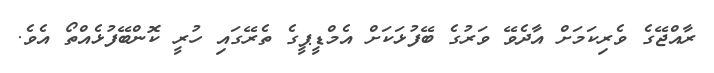
ރާއްޖޭގެ ވެރިކަމަށް އާދެވޭ ވަރުގެ ބޭފުޅަކަށް އެމްޑީޕީގެ ތެރޭގައި ހުރީ ކޮންބޭފުޅެއްތޯ އެވެ.